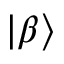
| \beta \rangle